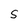
Character: S